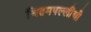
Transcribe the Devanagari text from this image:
चितमपल्लींची